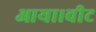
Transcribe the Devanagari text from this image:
आया।वीट